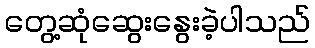
တွေ့ဆုံဆွေးနွေးခဲ့ပါသည်